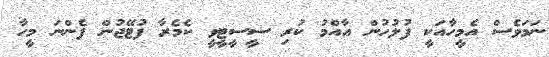
ނަމަވެސް އެމީހާއަކީ ފުލުހުން އާއްމު ކުރި ސީސީޓީވީ ކެމެރާ ފުޓޭޖުން ފެންނަ މީހާ